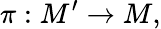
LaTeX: \pi:M^{\prime}\to M,